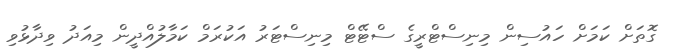
ގޮތަށް ކަމަށް ހައުސިން މިނިސްޓްރީގެ ސްޓޭޓް މިނިސްޓަރު އަކުރަމް ކަމާލުއްދީން މިއަދު ވިދާޅުވި